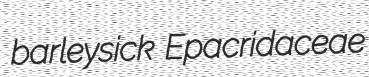
barleysick Epacridaceae